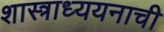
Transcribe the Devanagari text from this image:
शास्त्राध्ययनाची